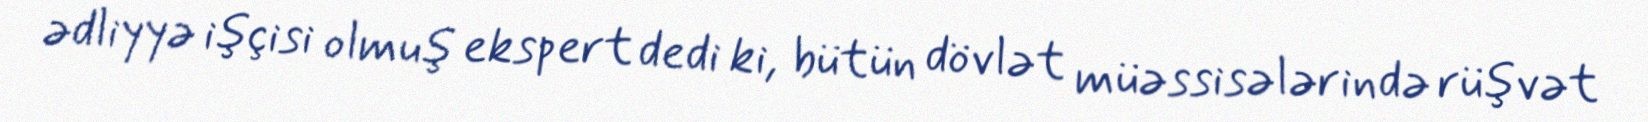
ədliyyə işçisi olmuş ekspert dedi ki, bütün dövlət müəssisələrində rüşvət